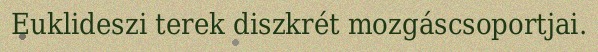
Euklideszi terek diszkrét mozgáscsoportjai.